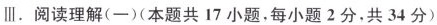
Ⅲ. 阅读理解(一) (本题共 17 小题,每小题 2 分,共 34 分)